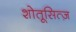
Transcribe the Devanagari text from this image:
शोतूसित्ज़